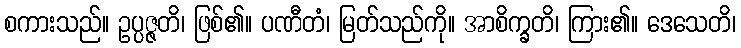
စကားသည်။ ဥပ္ပဇ္ဇတိ၊ ဖြစ်၏။ ပဏီတံ၊ မြတ်သည်ကို။ အာစိက္ခတိ၊ ကြား၏။ ဒေသေတိ၊